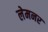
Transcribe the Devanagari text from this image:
लेमनर